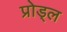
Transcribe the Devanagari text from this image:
प्रोड्ल